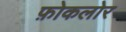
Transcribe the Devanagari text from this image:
फ़ोकलोर